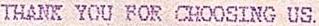
THANK YOU FOR CHOOSING US.